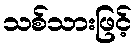
သစ်သားဖြင့်